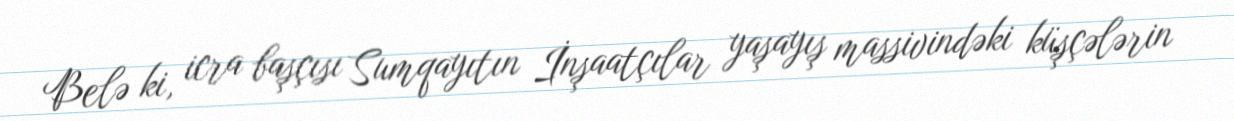
Belə ki, icra başçısı Sumqayıtın İnşaatçılar yaşayış massivindəki küşçələrin